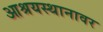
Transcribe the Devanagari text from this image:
आश्रयस्थानावर